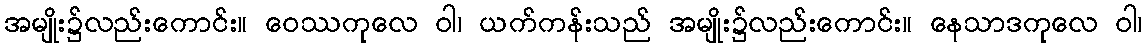
အမျိုး၌လည်းကောင်း။ ဝေဿကုလေ ဝါ၊ ယက်ကန်းသည် အမျိုး၌လည်းကောင်း။ နေသာဒကုလေ ဝါ၊